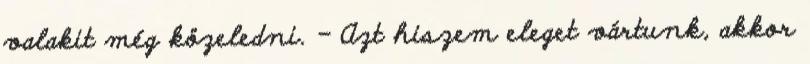
valakit még közeledni. - Azt hiszem eleget vártunk, akkor